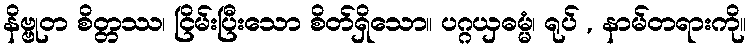
နိဗ္ဗုတ စိတ္တဿ၊ ငြိမ်းပြီးသော စိတ်ရှိသော။ ပဂ္ဂယှဓမ္မံ၊ ရုပ် , နာမ်တရားကို။